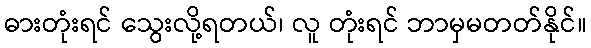
ဓားတုံးရင် သွေးလို့ရတယ်၊ လူ တုံးရင် ဘာမှမတတ်နိုင်။